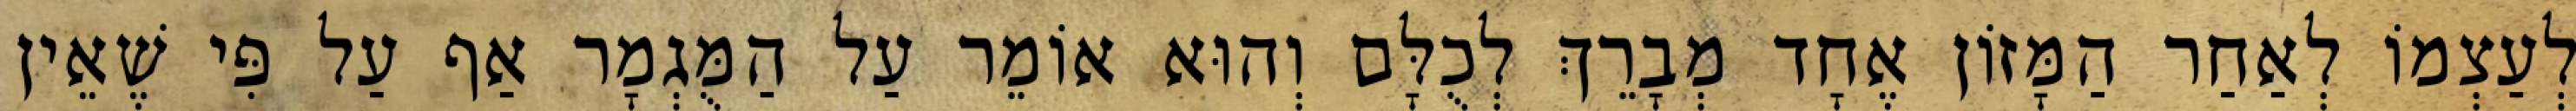
לְעַצְמוֹ לְאַחַר הַמָּזוֹן אֶחָד מְבָרֵךְ לְכֻלָּם וְהוּא אוֹמֵר עַל הַמֻּגְמָר אַף עַל פִּי שֶׁאֵין